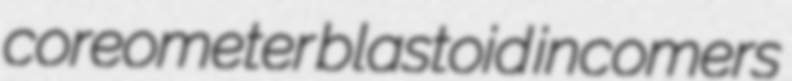
coreometer blastoid incomers